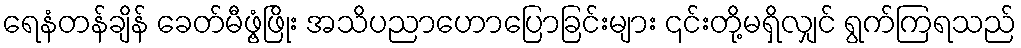
ရေနံတန်ချိန် ခေတ်မီဖွံ့ဖြိုး အသိပညာဟောပြောခြင်းများ ၎င်းတို့မရှိလျှင် ရွက်ကြရသည်